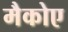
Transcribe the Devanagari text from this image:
मैकोए